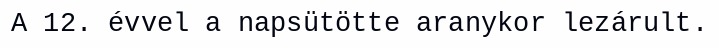
A 12. évvel a napsütötte aranykor lezárult.